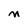
Character: M